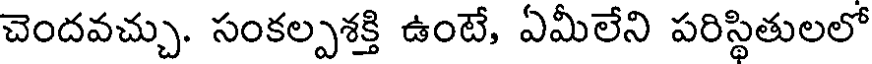
చెందవచ్చు. సంకల్పశక్తి ఉంటే, ఏమీలేని పరిస్థితులలో